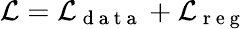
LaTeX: \mathcal{L}=\mathcal{L}_{\mathrm{~d~a~t~a~}}+\mathcal{L}_{\mathrm{~r~e~g~}}